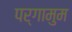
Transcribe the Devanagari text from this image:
पर्गामुम